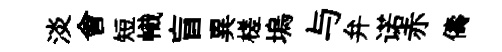
淡會短幟盲異槎塢与弁诺赤儔